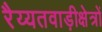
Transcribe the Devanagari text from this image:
रैय्यतवाड़ीक्षेत्रों